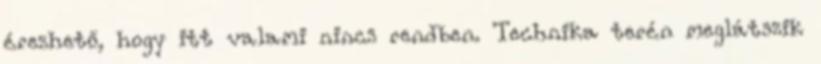
érezhető, hogy itt valami nincs rendben. Technika terén meglátszik